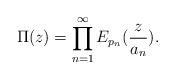
LaTeX: \begin{align*}\Pi(z)= \prod_{n=1}^\infty E_{p_n} (\frac{z}{a_n}).\end{align*}